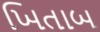
ખિતાબ